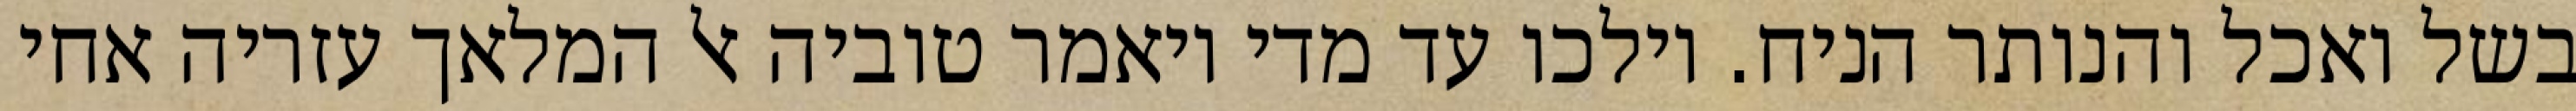
בשל ואכל והנותר הניח. וילכו עד מדי ויאמר טוביה אל המלאך עזריה אחי